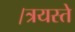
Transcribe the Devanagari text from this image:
।त्रयस्ते